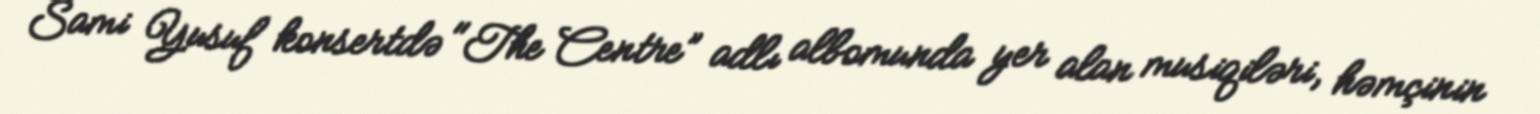
Sami Yusuf konsertdə "The Centre” adlı albomunda yer alan musiqiləri, həmçinin